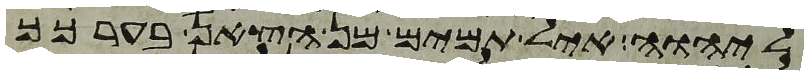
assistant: ליהוה איל תמים מן הצאן בערכך